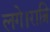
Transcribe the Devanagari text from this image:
लगे।रात्रि